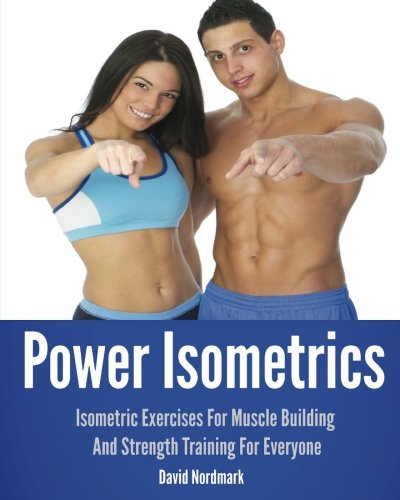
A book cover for Power Isometrics: The Complete Course that allows you to Build a Strong and Athletic Body in only 30 minutes a Day! (Animal Kingdom Workouts); David Nordmark; Health, Fitness & Dieting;